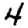
Digit: 4